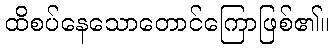
ထိစပ်နေသောတောင်ကြောဖြစ်၏။